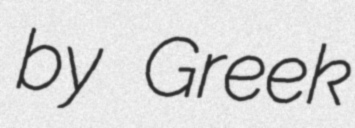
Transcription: by Greek